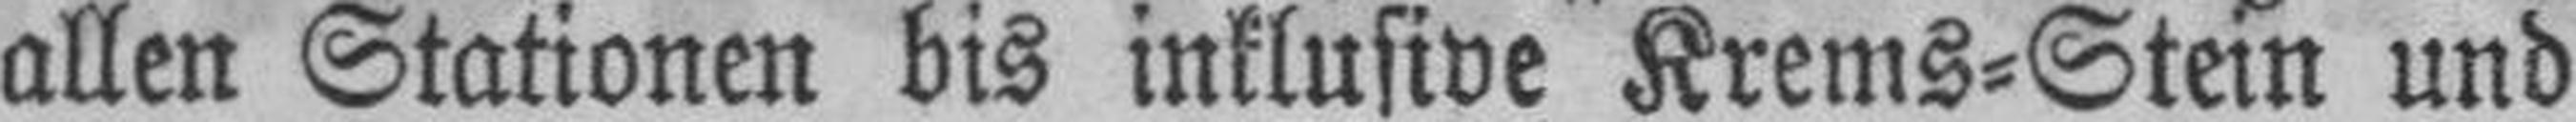
allen Stationen bis inklusive Krems=Stein und